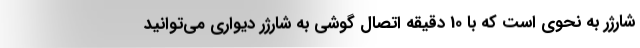
شارژر به نحوی است که با 10 دقیقه اتصال گوشی به شارژر دیواری می‌توانید